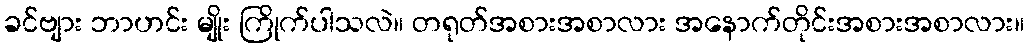
ခင်ဗျား ဘာဟင်း မျိုး ကြိုက်ပါသလဲ။ တရုတ်အစားအစာလား အနောက်တိုင်းအစားအစာလား။